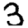
Digit: 3